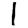
Digit: 1